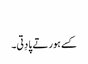
‏
کسے ہور تے پا دِتی۔